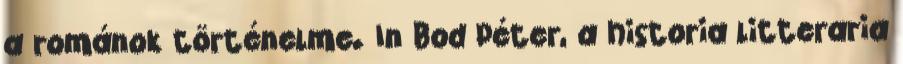
a románok történelme. In Bod Péter, a historia litteraria